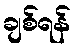
ချစ်ရန်